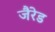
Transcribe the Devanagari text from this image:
जैरेड